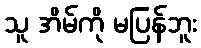
သူ အိမ်ကို မပြန်ဘူး